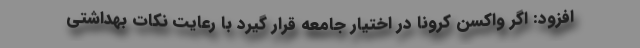
افزود: اگر واکسن کرونا در اختیار جامعه قرار گیرد با رعایت نکات بهداشتی